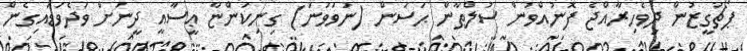
ޕޯޗުގީޒުން ދިވެހިރާއްޖެ ފޮނުއްވުން ސުލްޠާން ޙަސަން (ނުވަވަނަ) ގިނިކަންޏާ ޢީސާއީ ދީނަށް ވަދެވަޑައިގެން